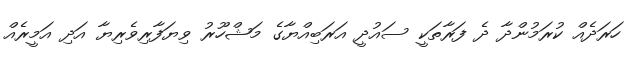
ހަރަދެއް ކުރަމުންދާ ދެ ފަރާތަކީ ސައުދީ އަރަބިއްޔާގެ މަޝްހޫރު ވިޔަފާރިވެރިޔާ އަދި އަމީރެއް